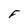
Character: F